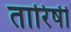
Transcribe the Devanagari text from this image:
तारिषी